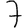
Digit: 7